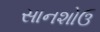
સાનશોઉ